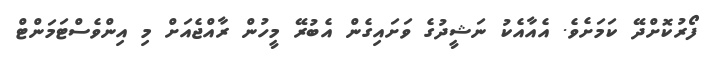
ފޯރުކޮށްދޭ ކަމަށެވެ. އެއާއެކު ނަޝީދުގެ ވަށައިގެން އެބުރޭ މީހުން ރާއްޖެއަށް މި އިންވެސްޓަމަންޓް